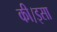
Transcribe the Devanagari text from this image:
की।इसा